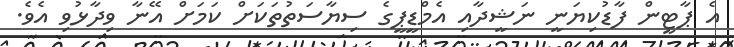
އެ ޕާޓީން ފާޑުކިޔަނީ ނަޝީދާއި އެމްޑީޕީގެ ސިޔާސަތުތަކަށް ކަމަށް އޭނާ ވިދާޅުވި އެވެ.